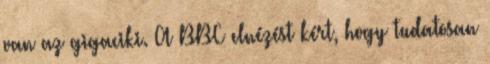
van az gigaciki. A BBC elnézést kért, hogy tudatosan